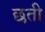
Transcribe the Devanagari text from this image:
छती